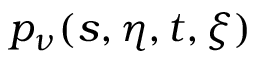
p _ { \nu } ( s , \eta , t , \xi )